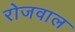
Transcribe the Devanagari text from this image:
रोजवाल